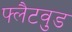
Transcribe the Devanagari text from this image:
फ्लैटवुड